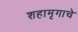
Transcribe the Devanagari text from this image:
शहामृगाचे